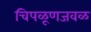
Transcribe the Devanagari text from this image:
चिपळूणजवळ